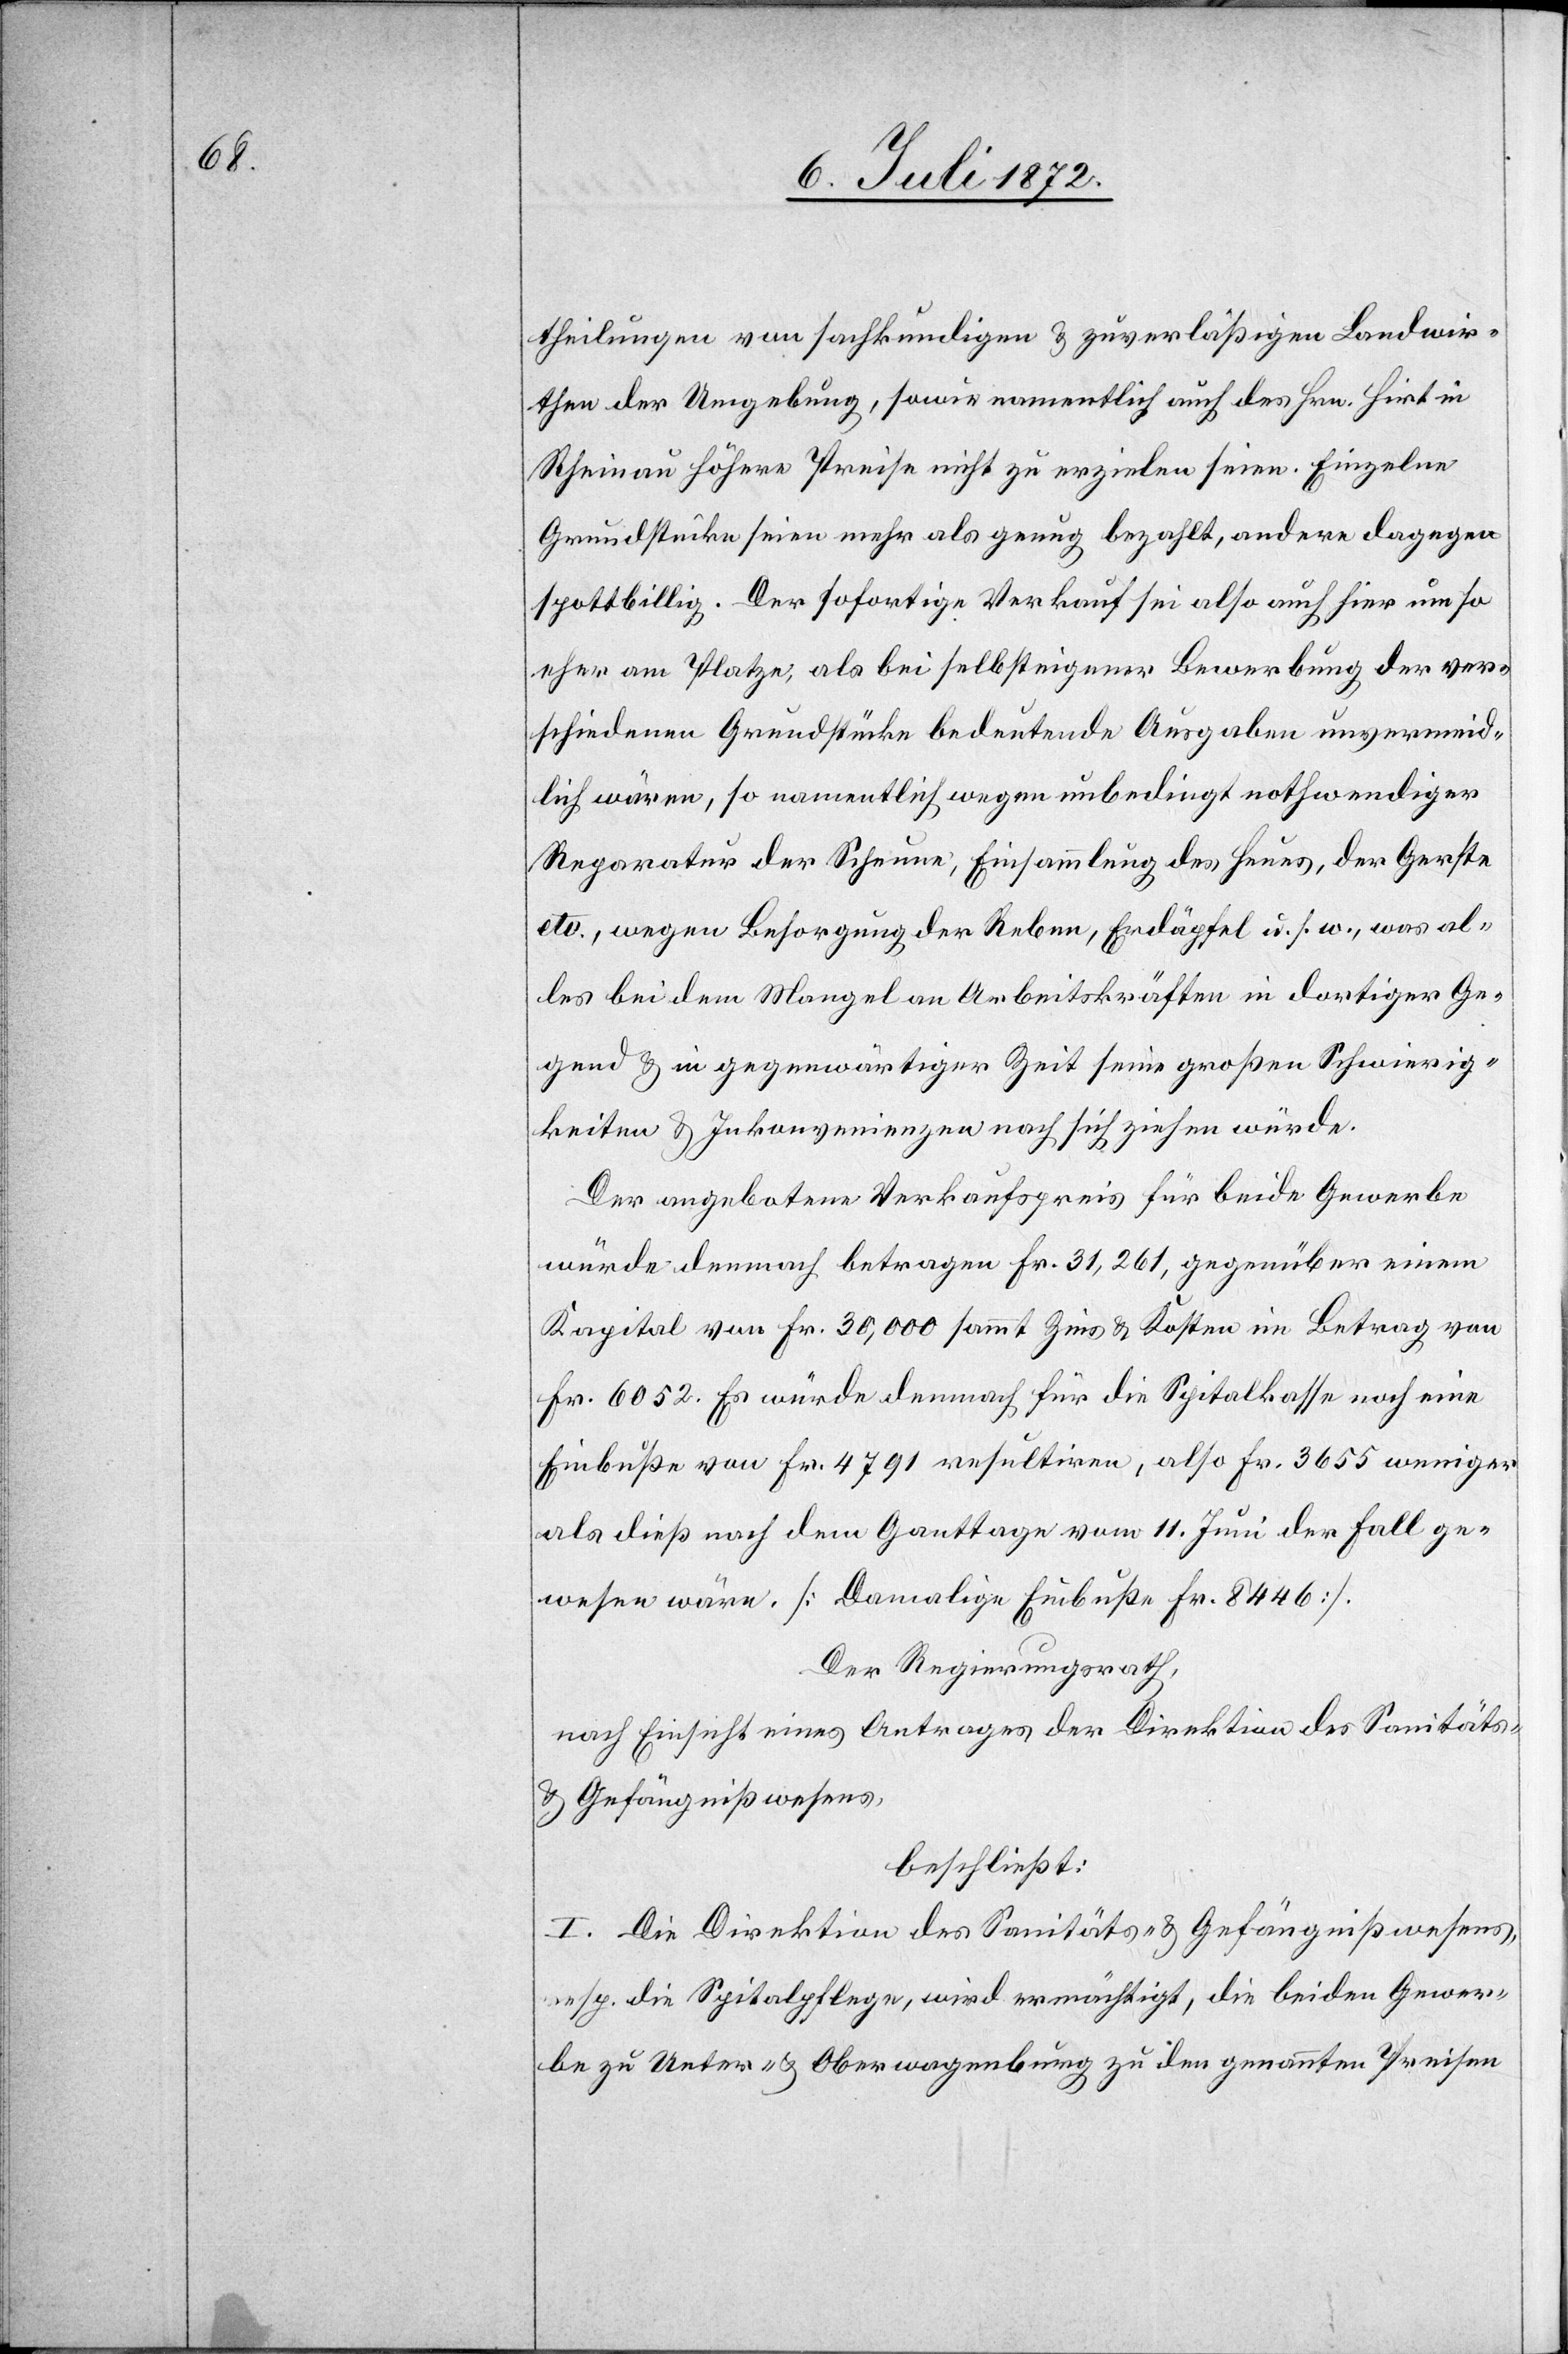
theilungen von sachkundigen u. zuverläßigen Landwir¬
then der Umgebung, sowie namentlich auch des Hrn. Hirt in
Rheinau höhere Preise nicht zu erzielen seien. Einzelne
Grundstücke seien mehr als genug bezahlt, andere dagegen
spottbillig. Der sofortige Verkauf sei also auch hier um so
eher am Platze, als bei selbsteigener Bewerbung der ver¬
schiedenen Grundstücke bedeutende Ausgaben unvermeid¬
lich wären, so namentlich wegen unbedingt nothwendiger
Reparatur der Scheune, Einsammlung des Heues, der Gerste
etc., wegen Besorgung der Reben, Erdäpfel u. s. w., was al¬
les bei dem Mangel an Arbeitskräften in dortiger Ge¬
gend u. in gegenwärtiger Zeit seine großen Schwierig¬
keiten u. Inkonvenienzen nach sich ziehen würde.
Der angebotene Verkaufspreis für beide Gewerbe
würde demnach betragen Fr. 31,261, gegenüber einem
Kapital von Fr. 30,000 sammt Zins u. Kosten im Betrag von
Fr. 6052. Es würde demnach für die Spitalkasse noch eine
Einbuße von Fr. 4791 resultiren, also Fr. 3655 weniger
als dieß nach dem Ganttage vom 11. Juni der Fall ge¬
wesen wäre. [Damalige Einbuße Fr. 8446].
Der Regierungsrath,
nach Einsicht eines Antrages der Direktion des Sanitäts-
u. Gefängnißwesens,
beschließt:
I. Die Direktion des Sanitäts- u. Gefängnißwesens,
resp. die Spitalpflege, wird ermächtigt, die beiden Gewer¬
be zu Unter- u. Oberwagenburg zu den genannten Preisen